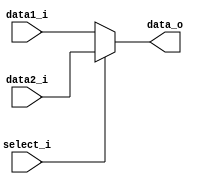
module MUX32
(
	data1_i,
	data2_i,
	select_i,
	data_o
);

input  [31:0] data1_i;
input  [31:0] data2_i;
input  	     select_i;
output [31:0] data_o;


assign data_o = select_i ? data2_i: data1_i;

endmodule